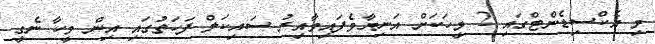
މި އެކްސިޑެންޓްގައި 2 މީހަކަށް އަނިޔާވެފައިވާއިރު ސައިކަލް ފަހަތުގައި އިން މީހާ ނެގީ